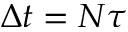
\Delta t = N \tau